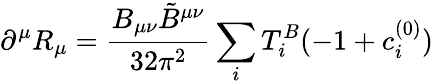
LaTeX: \partial^{\mu}R_{\mu}=\frac{B_{\mu\nu}{\tilde{B}}^{\mu\nu}}{32\pi^{2}}\sum_{i}T_{i}^{B}(-1+c_{i}^{(0)})